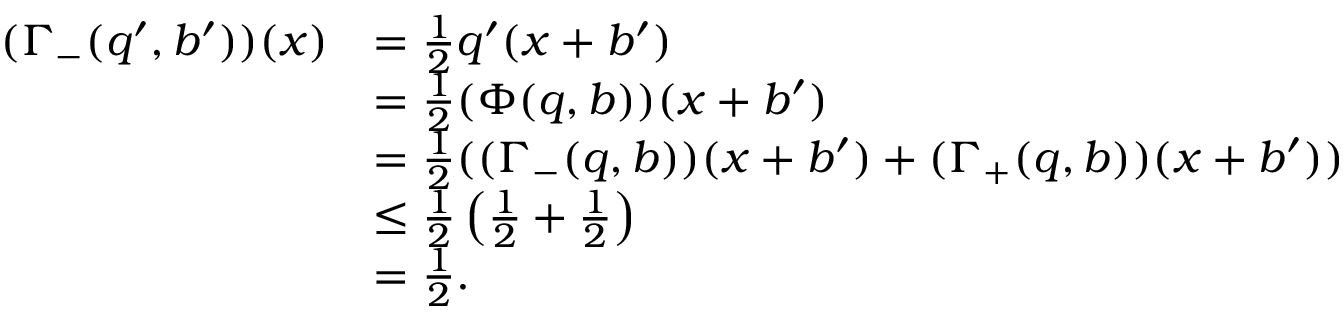
\begin{array} { r l } { ( \Gamma _ { - } ( q ^ { \prime } , b ^ { \prime } ) ) ( x ) } & { = \frac 1 2 q ^ { \prime } ( x + b ^ { \prime } ) } \\ & { = \frac 1 2 ( \Phi ( q , b ) ) ( x + b ^ { \prime } ) } \\ & { = \frac 1 2 ( ( \Gamma _ { - } ( q , b ) ) ( x + b ^ { \prime } ) + ( \Gamma _ { + } ( q , b ) ) ( x + b ^ { \prime } ) ) } \\ & { \le \frac 1 2 \left( \frac 1 2 + \frac 1 2 \right) } \\ & { = \frac 1 2 . } \end{array}